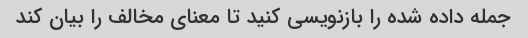
جمله داده شده را بازنویسی کنید تا معنای مخالف را بیان کند